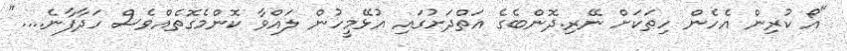
"އޯ ކުރިން އެހެން ހިތަކަށް ނޭރި.ދޮންބެގެ އަތްދަށުގައި އުޅޭމީހުން ލައްވާ ކޮންމެގޮތެއްވެސް ހަދާފާނެ...."